Annual statistical returns and brief notes on vaccination in Bengal - 1909-1929
Year: 1909
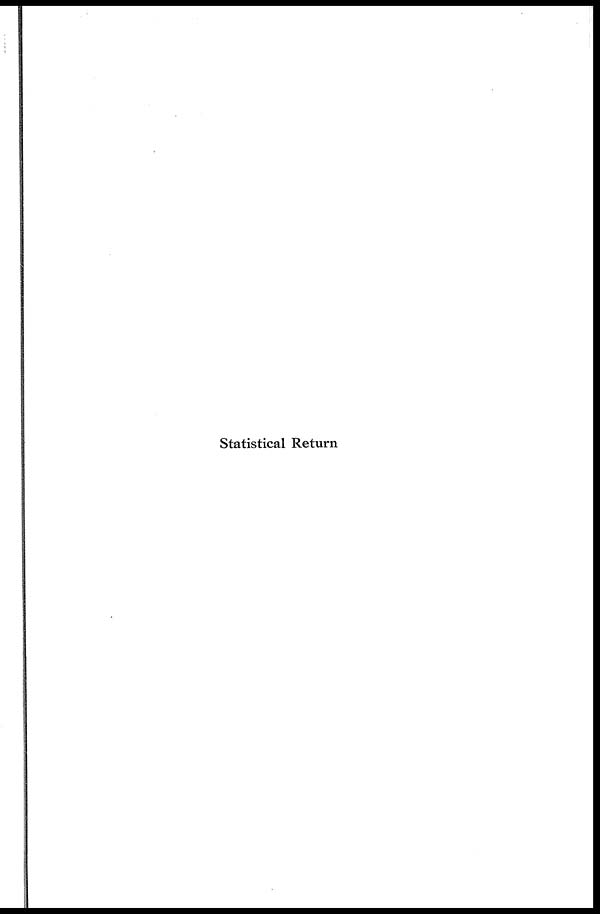
Statistical Return